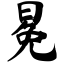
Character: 冕